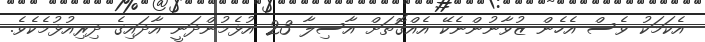
އެކަމަކު ވެސް އެހެން ޒުވާނުންނެކޭ އެއްގޮތަށް އާސިލާ 23 އުޅެމުންދަނީ އާދައިގެ ދިރިއުޅުމެކެވެ.